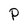
Character: P